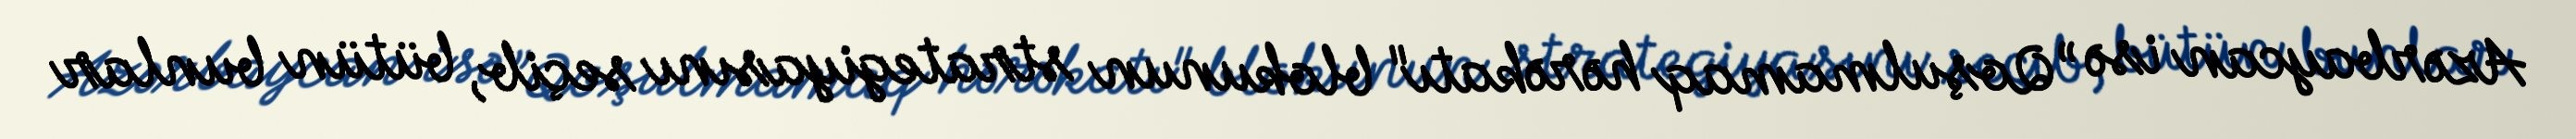
Azərbaycan isə ”Qoşulmamaq hərəkatı" blokunun strategiyasını seçib, bütün bunlar